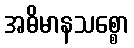
အဓိမာနသစ္စော